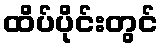
ထိပ်ပိုင်းတွင်